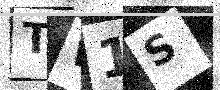
Text: TW1S